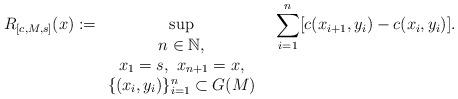
LaTeX: \begin{align*}R_{[c,M,s]}(x):=\sup_{\begin{array}{c} n\in\mathbb{N},\\ x_1=s,\ x_{n+1}=x,\\ \{(x_i,y_i)\}_{i=1}^n\subset G(M) \end{array} }\ \ \sum_{i=1}^n [c(x_{i+1},y_i)-c(x_i,y_i)].\end{align*}